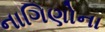
નાગિણોના